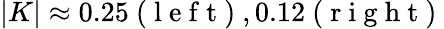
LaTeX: |K|\approx 0.25\mathrm{~(~l~e~f~t~)~},0.12\mathrm{~(~r~i~g~h~t~)~}